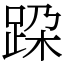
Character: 跥